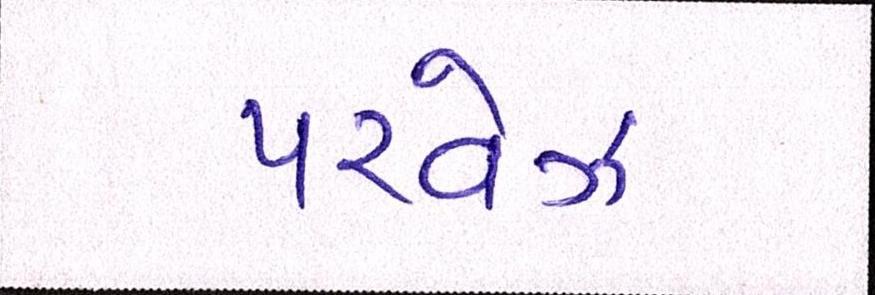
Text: પરવેઝ